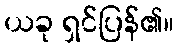
ယခု ရှင်ပြန်၏။